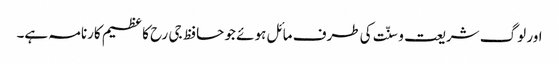
اور لوگ شریعت و سنّت کی طرف مائل ہوئے جو حافظ جی رح کا عظیم کارنامہ ہے۔